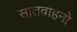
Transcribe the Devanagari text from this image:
सातवाहनो